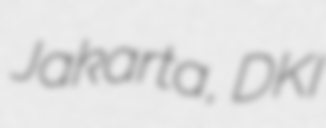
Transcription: Jakarta, DKI